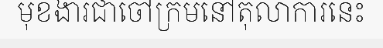
មុខងារជាចៅក្រមនៅតុលាការនេះ